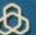
.